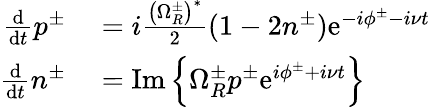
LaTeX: \begin{array}{rl}{\frac{\mathrm{d}}{\mathrm{d}t}p^{\pm}}&{{}=i\frac{\left(\Omega_{R}^{\pm}\right)^{*}}{2}(1-2n^{\pm})\mathrm{e}^{-i\phi^{\pm}-i\nu t}}\\ {\frac{\mathrm{d}}{\mathrm{d}t}n^{\pm}}&{{}=\mathrm{Im}\left\{ \Omega_{R}^{\pm}p^{\pm}\mathrm{e}^{i\phi^{\pm}+i\nu t}\right\} }\end{array}